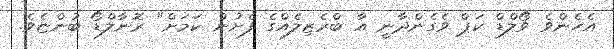
އެހެންވެ ވޯލްޑް ކަޕް ވެގެންދާނީ އާ ބްރެޒިލެއްގެ ފެށުން ކަމަށް" ރޮނާލްޑޯ ބުންޏެވެ.